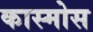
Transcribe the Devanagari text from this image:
कास्मोस